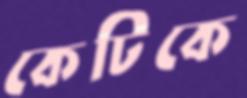
কেটিকে